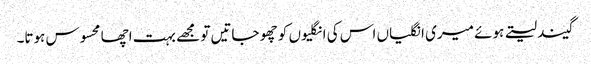
گیند لیتے ہوئے میری انگلیاں اس کی انگلیوں کو چھو جاتیں تو مجھے بہت اچھا محسوس ہوتا۔